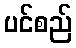
ပင်စည်